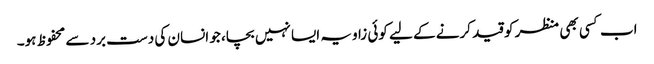
اب کسی بھی منظر کو قید کرنے کے لیے کوئی زاویہ ایسا نہیں بچا، جو انسان کی دست برد سے محفوظ ہو۔